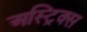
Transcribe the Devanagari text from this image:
अस्ट्रिक्स